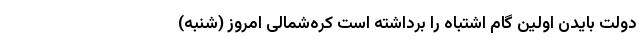
دولت بایدن اولین گام اشتباه را برداشته است کره‌شمالی امروز (شنبه)